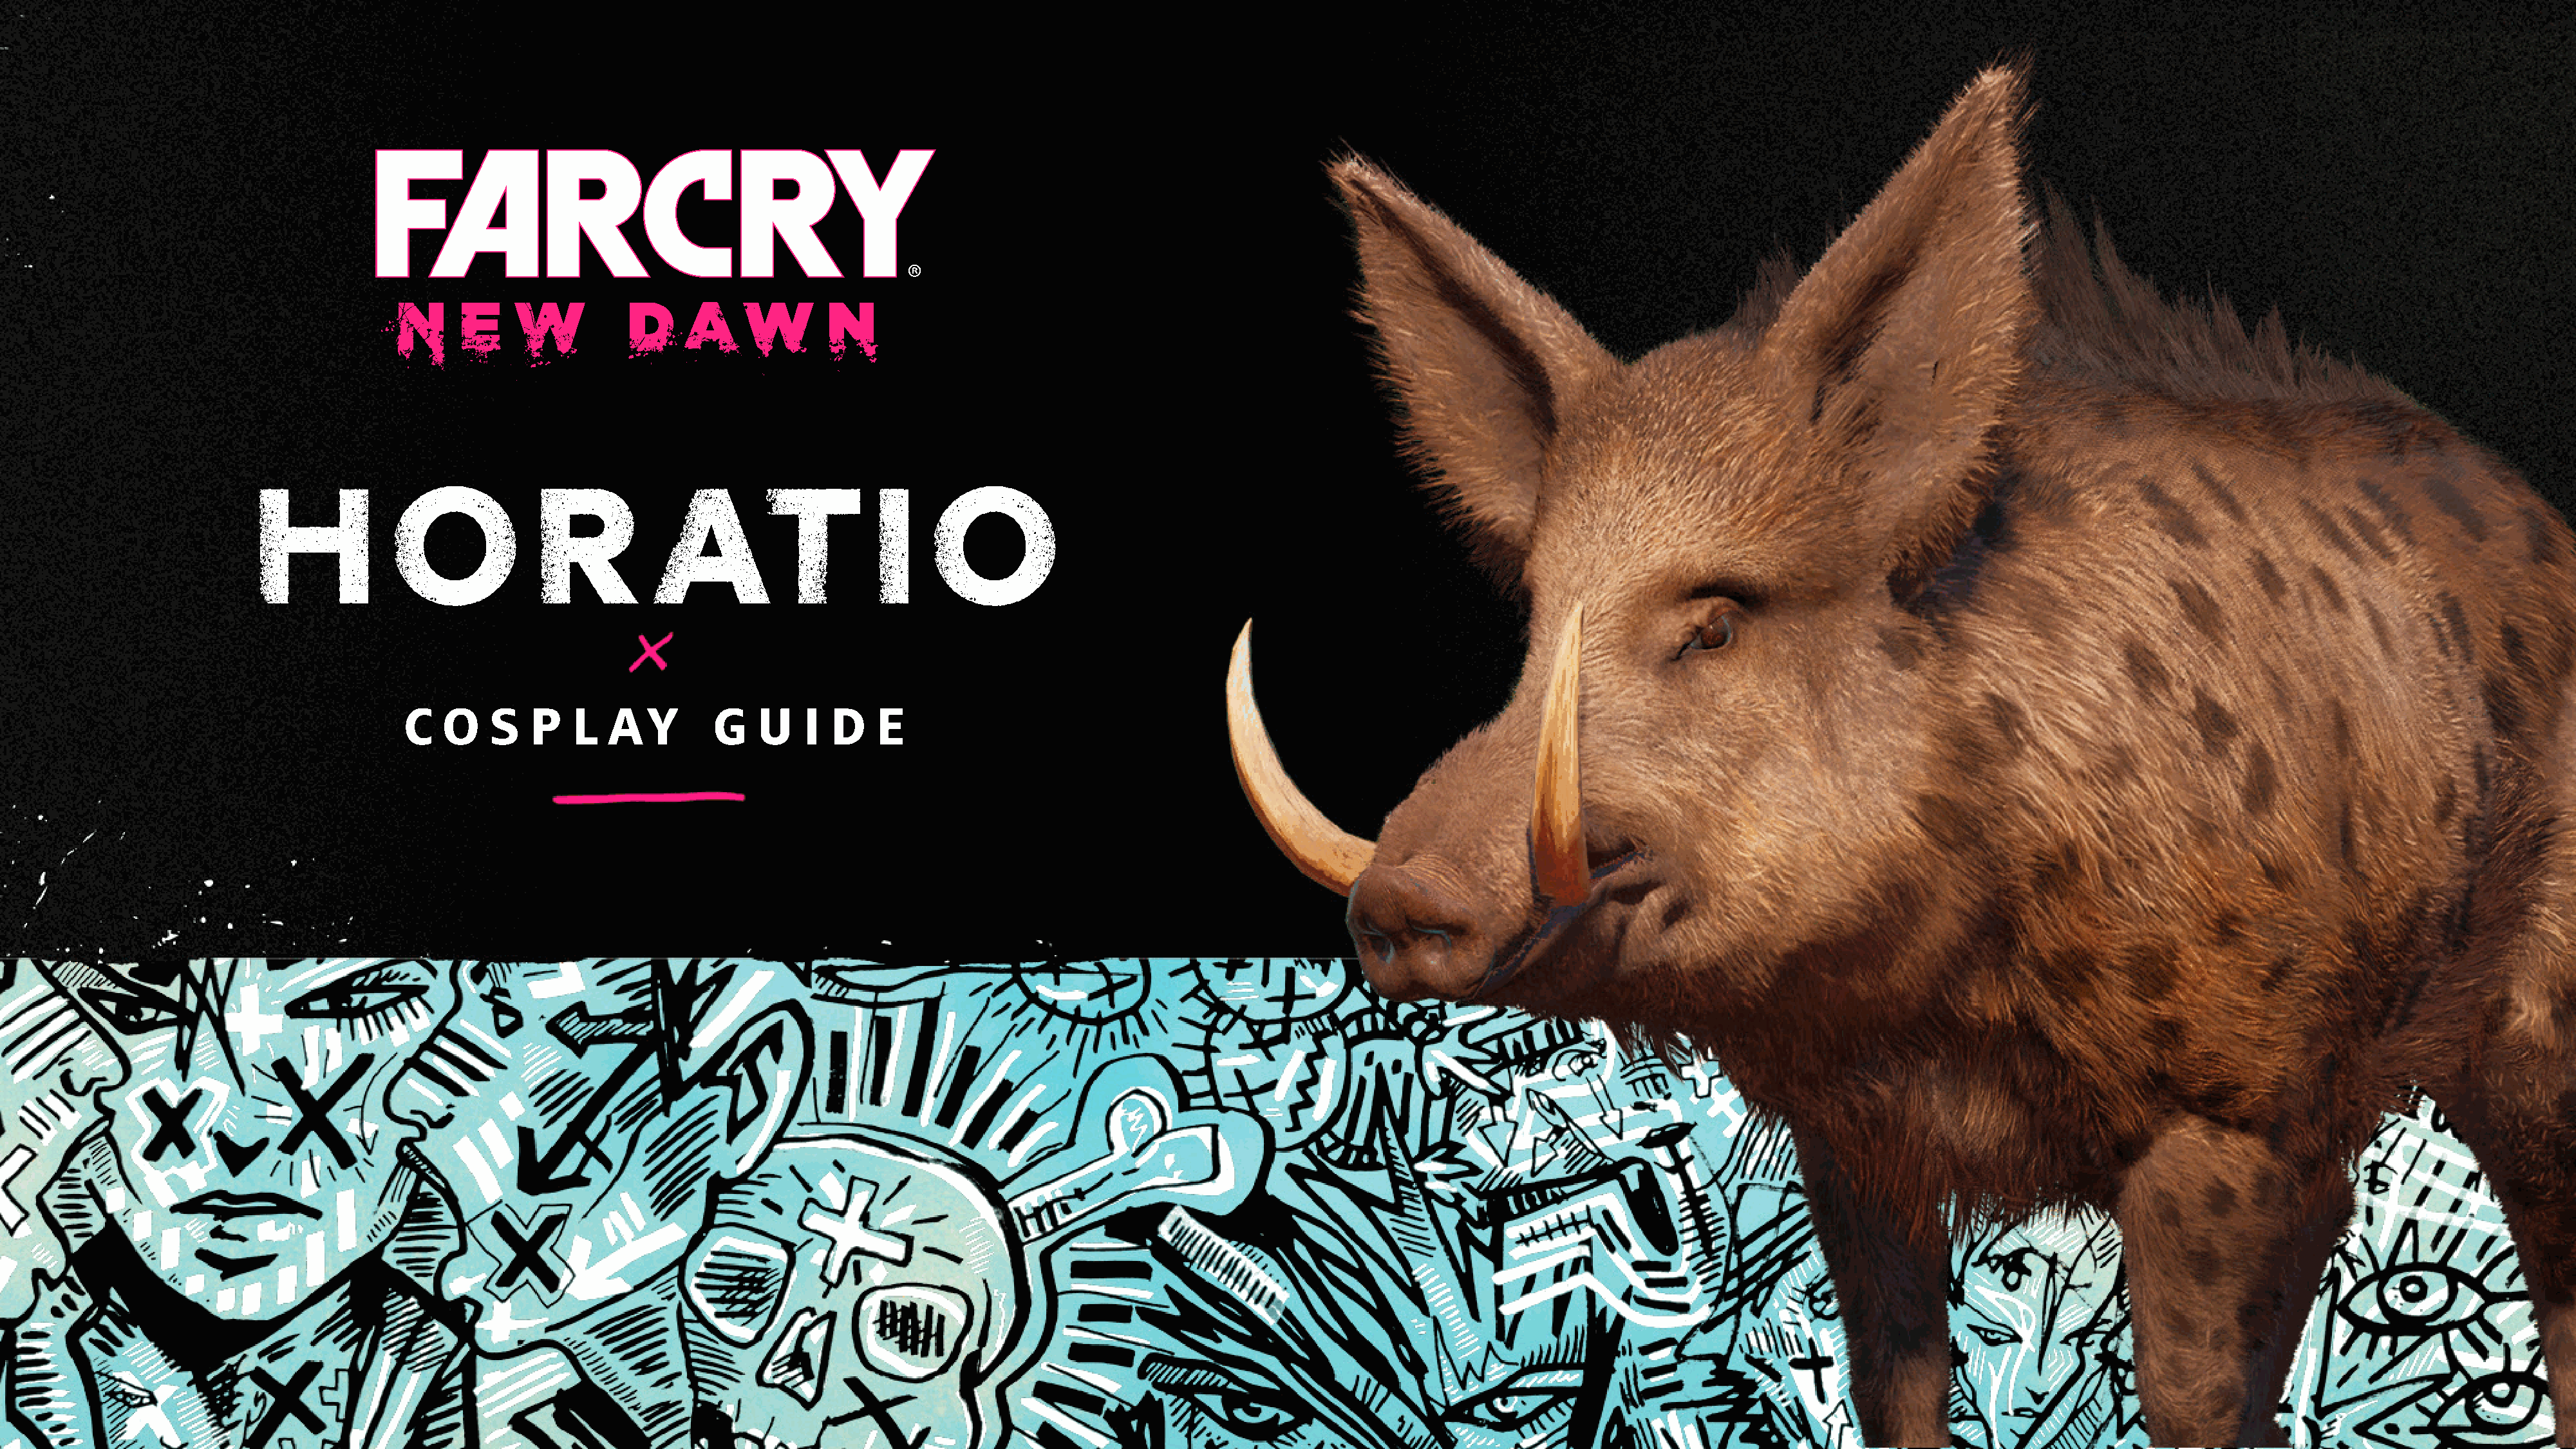
HOR                                       AT                    IO
 C  O    S   P    L   A   Y     G    U    I D    E